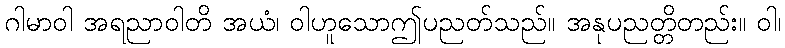
ဂါမာဝါ အရညာဝါတိ အယံ၊ ဝါဟူသောဤပညတ်သည်။ အနုပညတ္တိတည်း။ ဝါ၊